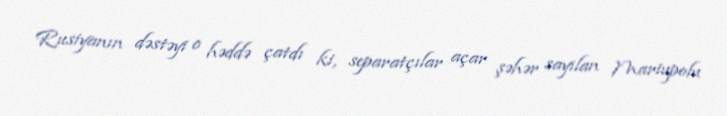
Rusiyanın dəstəyi o həddə çatdı ki, separatçılar açar şəhər sayılan Mariupolu